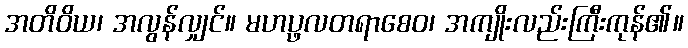
အတိဝိယ၊ အလွန်လျှင်။ မဟပ္ဖလတရာစေဝ၊ အကျိုးလည်းကြီးကုန်၏။